system: You are a helpful assistant.
user:
Analyze the provided spectrum to determine if it is a **S-type Star**.

- **Key Indicators for S-type Star:**

    - **(Overall Spectrum Shape):** The first and most obvious characteristic is the overall continuum (the "baseline" shape). It is **extremely "red-sloping,"** meaning the flux (light intensity) is very low on the left side (blue, ~4000-4500 Å) and rises steeply and continuously toward the right side (red, ~7000 Å+).

    - **(Primary):** The spectrum is defined by the presence of strong, broad molecular absorption "valleys" (bands) from **Zirconium Oxide (ZrO)**. The identification of these bands is the **primary requirement** for classifying a star as S-type.
        - **(Key Bandheads):** You must find distinct, deep "dips" where the light has been absorbed. The most critical band systems to locate are:
            - **~6474 Å** ($\gamma$-system): This is often the strongest and clearest ZrO feature, found in the red part of the spectrum.
            - **~5718 Å** & **~5551 Å** ($\beta$-system): A pair of prominent absorption features in the yellow-orange part of the spectrum.
            - **~4640 Å** ($\alpha$-system): A key absorption band system in the blue-green region of the spectrum.

    - **(Secondary Confirmation):** The classification is strengthened by finding additional absorption bands from other related heavy element oxides, which are expected to be present alongside ZrO.
        - **(Key Bandheads):**
            - **Yttrium Oxide (YO):** Look for absorption dips near **~4800 Å** and **~6100 Å**.
            - **Lanthanum Oxide (LaO):** Additional absorption features, particularly in the red-orange part of the spectrum, are also characteristic.

    - **(Line Profile):** The combination of the steep red continuum and these numerous, deep molecular bands (ZrO, YO, etc.) gives the entire spectrum a very **"chopped-up"** or **"bumpy"** appearance. Instead of a smooth curve, the spectrum looks as though large, wide chunks of light have been "carved out" of it at the specific wavelengths listed above.

Think first, call **spectral_visualization_tool** if needed to examine features in detail, then provide your final answer. Your response must adhere to the following strict rules:
1.  **Overall Structure:** Your response must follow the format `<think>...</think> <tool_call>...</tool_call> (if a tool is used) <answer>...</answer>`.
2.  **Tool Usage Constraint:** You may only make **one** tool call per turn.
3.  **Final Answer Format:** In the `<answer>` tag, your conclusion must be inside a `\boxed{}` command (e.g., `\boxed{YES}` or `\boxed{NO}`), followed by your justification.

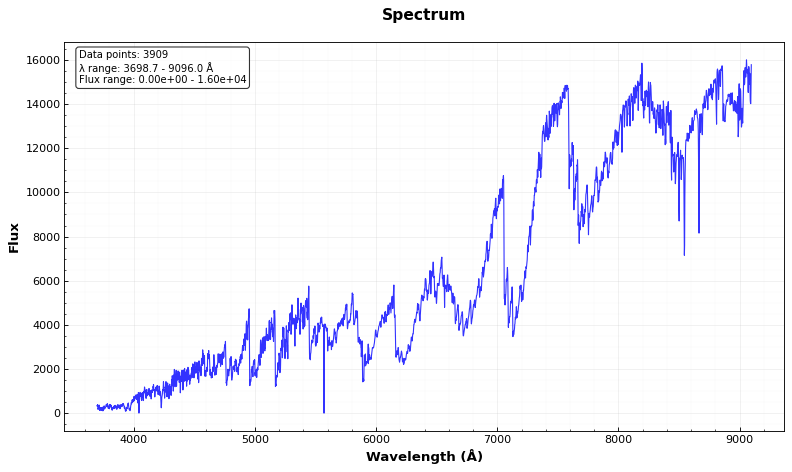
Answer: YES